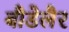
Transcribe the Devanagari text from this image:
बौडेलैर